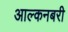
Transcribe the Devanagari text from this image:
आल्कनबरी